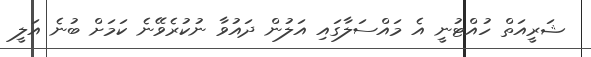
ޝަރީއަތް ހުއްޓުނީ އެ މައްސަލާގައި އަލުން ދައުވާ ނުކުރެވޭނެ ކަމަށް ބުނެ އަލީ